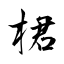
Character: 桾